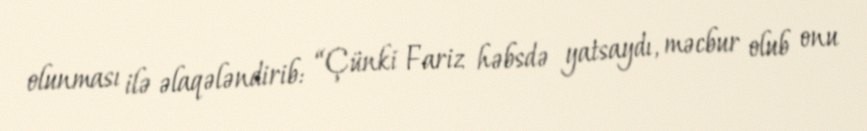
olunması ilə əlaqələndirib: “Çünki Fariz həbsdə yatsaydı, məcbur olub onu